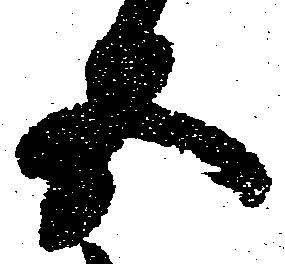
五